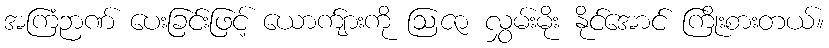
အကြံဉာဏ် ပေးခြင်းဖြင့် ယောက်ျားကို ဩဇာ လွှမ်းမိုး နိုင်အောင် ကြိုးစားတယ်။